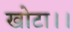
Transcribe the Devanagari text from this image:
खोटा।।